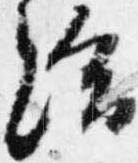
給